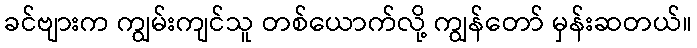
ခင်ဗျားက ကျွမ်းကျင်သူ တစ်ယောက်လို့ ကျွန်တော် မှန်းဆတယ်။